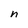
Character: n